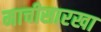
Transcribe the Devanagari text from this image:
माचीसारखा